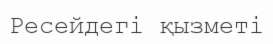
Ресейдегі қызметі